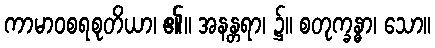
ကာမာဝစရစုတိယာ၊ ၏။ အနန္တရာ၊ ၌။ စတုက္ခန္ဓာ၊ သော။